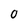
Character: 0